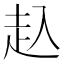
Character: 𧺌